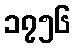
၁၇၅၆